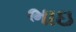
ભાઇ